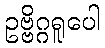
ဥဗ္ဗိဂ္ဂရူပေါ